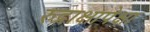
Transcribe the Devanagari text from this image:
रुद्राक्षापेक्षा